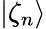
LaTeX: |\zeta_{n}\rangle